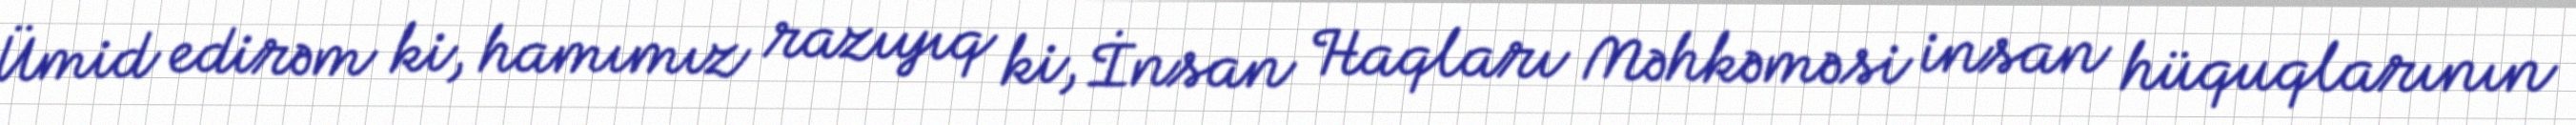
Ümid edirəm ki, hamımız razıyıq ki, İnsan Haqları Məhkəməsi insan hüquqlarının